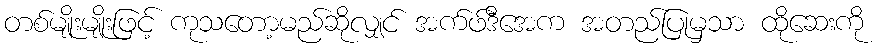
တစ်မျိုးမျိုးဖြင့် ကုသတော့မည်ဆိုလျှင် အက်ဖ်ဒီအေက အတည်ပြုမှသာ ထိုဆေးကို